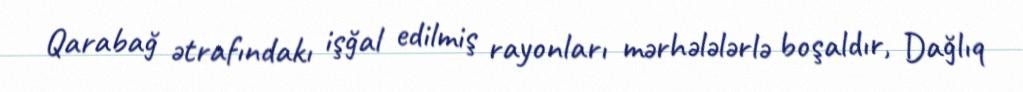
Qarabağ ətrafındakı işğal edilmiş rayonları mərhələlərlə boşaldır, Dağlıq